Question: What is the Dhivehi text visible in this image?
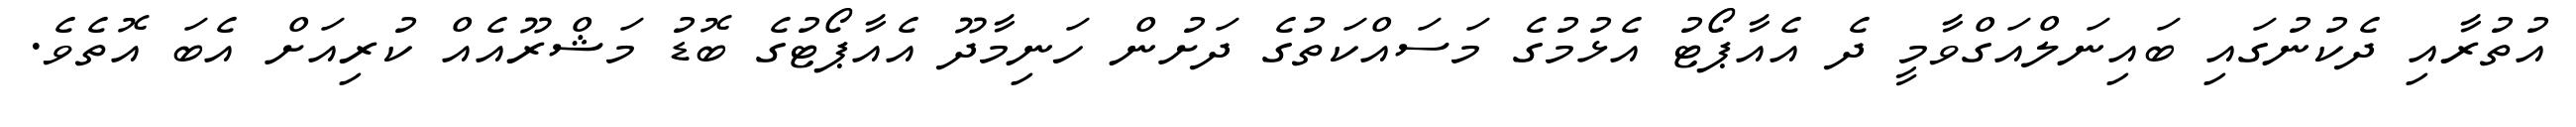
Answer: އުތުރާއި ދެކުނުގައި ބައިނަލްއަގްވާމީ ދެ އެއާޕޯޓު އެޅުމުގެ މަސައްކަތުގެ ދަށުން ހަނިމާދޫ އެއާޕޯޓުގެ ބޮޑު މަޝްރޫއެއް ކުރިއަށް އެބަ އޮތެވެ.